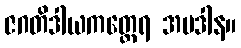
ဇဂတိဒါယကတ္ထေရ အပဒါန။